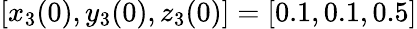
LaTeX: [x_{3}(0),y_{3}(0),z_{3}(0)]=[0.1,0.1,0.5]